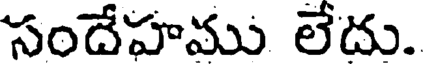
సందేహము లేదు.